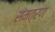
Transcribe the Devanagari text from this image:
संमत्रण